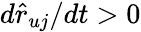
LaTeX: d\hat{r}_{uj}/dt>0